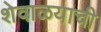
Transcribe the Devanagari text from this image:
शेवाळयाची